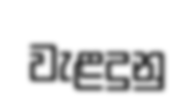
වැළදුනු